Newspaper: Iowa County democrat. [volume]
Place of publication: Mineral Point, Wis.
Publisher: Crawford & Bro.
Date: 1885-05-01 00:00:00
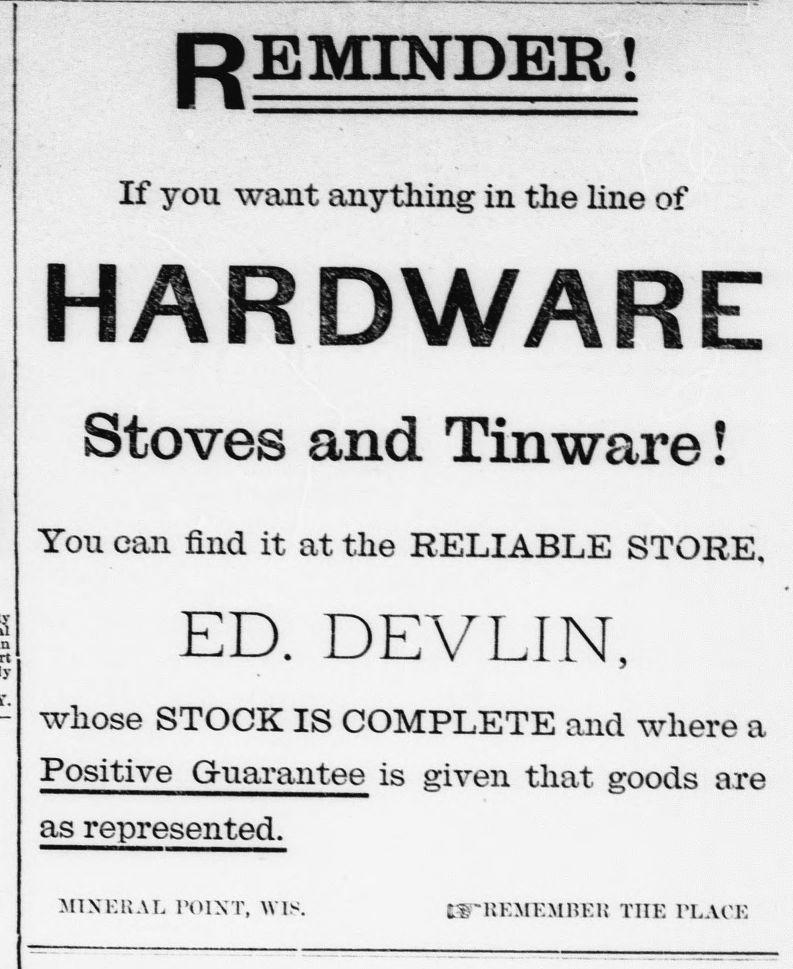
Advertisement text (OCR):
REMINDER! If you want anything in the hne of HARDWARE Stoves and Tinware! You can find it at the RELIABLE STORE, ED. DEVLIN, whose STOCK IS COMPLETE and where a Positive Gt-uarantee is given that goods are as represented. MINERAL POINT, WIS. tW'UKMEMKER THE PLACE
Label: text-only